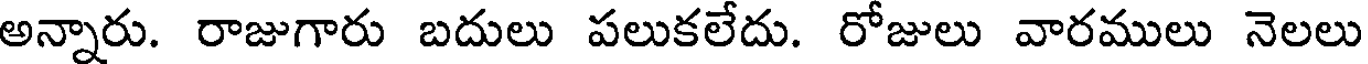
అన్నారు. రాజుగారు బదులు పలుకలేదు. రోజులు వారములు నెలలు